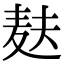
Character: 麸